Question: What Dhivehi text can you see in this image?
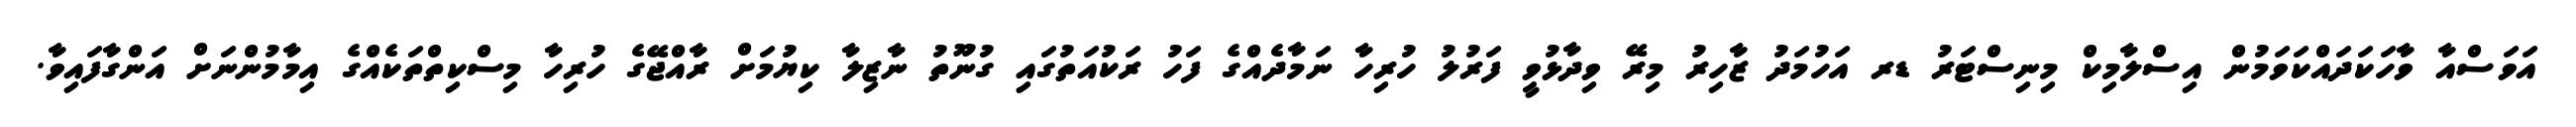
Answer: އަވަސްއާ ވާހަކަދައްކަވަމުން އިސްލާމިކް މިނިސްޓަރު ޑރ އަހުމަދު ޒާހިރު މިރޭ ވިދާޅުވީ ފަރުލު ހުރިހާ ނަމާދެއްގެ ފަހު ރަކުއަތުގައި ގުނޫތު ނާޒިލާ ކިޔުމަށް ރާއްޖޭގެ ހުރިހާ މިސްކިތްތަކެއްގެ އިމާމުންނަށް އަންގާފައިވާ.